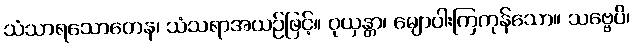
သံသာရသောတေန၊ သံသရာအယဉ်ဖြင့်။ ဝုယှန္တာ၊ မျောပါးကြကုန်သော။ သဗ္ဗေပိ၊